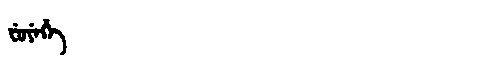
Manchu: ᠸᡠᠶᡝᡥᡝ
Romanization: FUYEHE